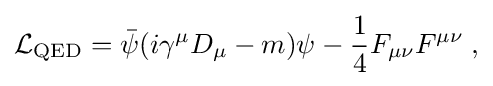
{\mathcal {L}}_{\mathrm {QED} }={\bar {\psi }}(i\gamma ^{\mu }D_{\mu }-m)\psi -{\frac {1}{4}}F_{\mu \nu }F^{\mu \nu }\;,\,\!